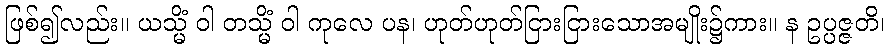
ဖြစ်၍လည်း။ ယသ္မိံ ဝါ တသ္မိံ ဝါ ကုလေ ပန၊ ဟုတ်ဟုတ်ငြားငြားသောအမျိုး၌ကား။ န ဥပ္ပဇ္ဇတိ၊